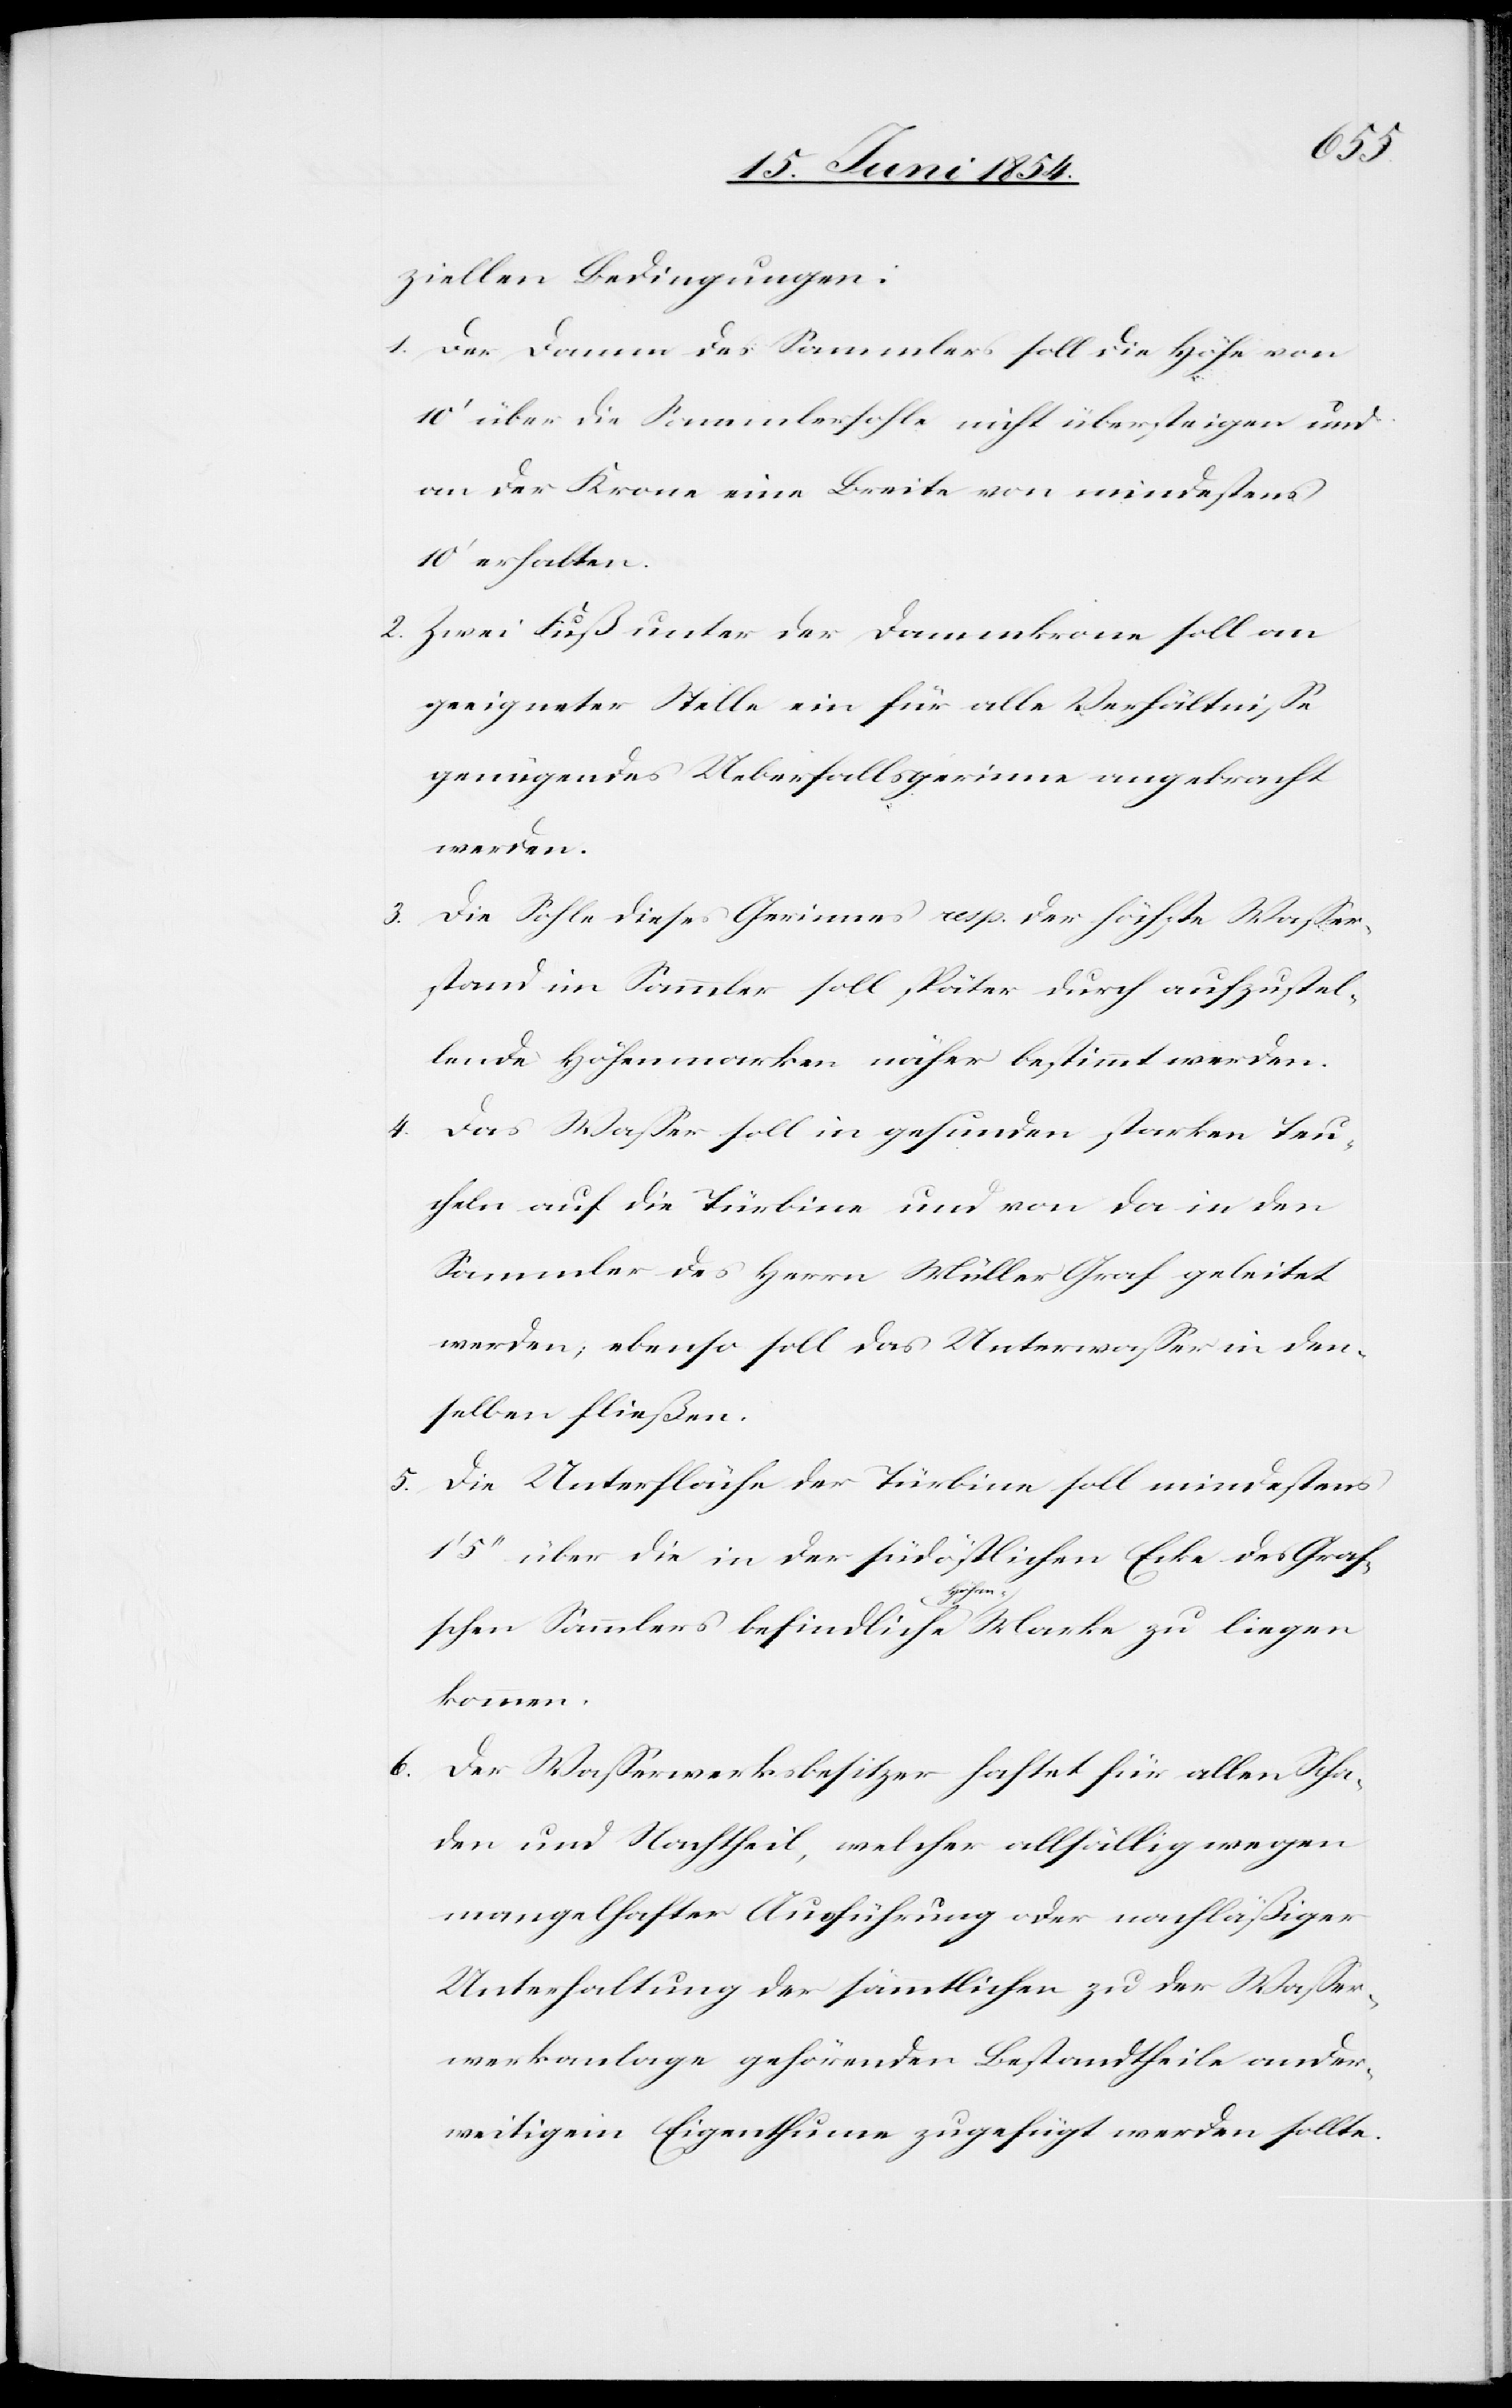
ziellen Bedingungen:
1. Der Damm des Sammlers soll die Höhe von
10‘ über die Sammlersohle nicht übersteigen und
an der Krone eine Breite von mindestens
10‘ erhalten.
2. Zwei Fuß unter der Dammkrone soll an
geeigneter Stelle ein für alle Verhältniße
genügendes Ueberfallsgerinne angebracht
werden.
3. Die Sohle dieses Gerinnes resp. der höchste Waßer¬
stand im Sammler soll später durch aufzustel¬
lende Höhenmarken näher bestimmt werden.
4. Das Waßer soll in gesunden starken Teu¬
cheln auf die Türbine und von da in den
Sammler des Herrn Müller Graf geleitet
werden; ebenso soll das Unterwaßer in den¬
selben fließen.
5. Die Unterfläche der Türbine soll mindestens
5‘‘ über die in der südöstlichen Ecke des Graf¬
schen Sammlers befindliche a-Höhen--a Marke zu liegen
kommen.
6.
Der Waßerwerksbesitzer haftet für allen Scha¬
den und Nachtheil, welcher allfällig wegen
mangelhafter Ausführung oder nachläßiger
Unterhaltung der sämmtlichen zu der Waßer¬
werkanlage gehörenden Bestandtheile ander¬
weitigem Eigenthume zugefügt werden sollte.